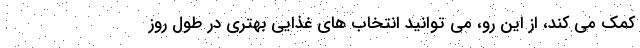
کمک می کند، از این رو، می توانید انتخاب های غذایی بهتری در طول روز